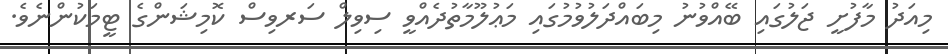
މިއަދު މާފުށީ ޖަލުގައި ބޭއްވުނު މިބައްދަލުވުމުގައި މަޢުލޫމާތުދެއްވީ ސިވިލް ސަރވިސް ކޮމިޝަންގެ ޓީމަކުންނެވެ.